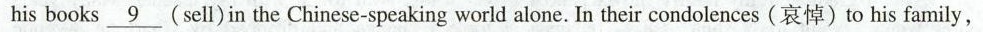
his books\underline 9 (sell)in the Chinese-speaking world alone. In their condolences (哀悼)to his family,